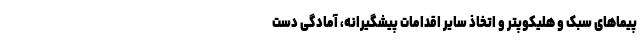
پیماهای سبک و هلیکوپتر و اتخاذ سایر اقدامات پیشگیرانه، آمادگی دست